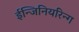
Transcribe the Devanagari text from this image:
ईन्जिनियरिन्ग